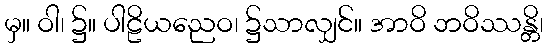
မှ။ ဝါ၊ ၌။ ပါဠိယညေဝ၊ ၌သာလျှင်။ အာဝိ ဘဝိဿန္တိ၊